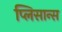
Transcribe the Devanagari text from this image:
प्लिसान्स